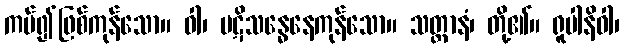
ကပ်၍ဖြစ်ကုန်သော။ ဝါ၊ ပဋိသန္ဓေနေကုန်သော။ သတ္တာနံ၊ တို့၏။ ရူပါနိဝါ၊